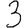
Digit: 3